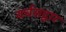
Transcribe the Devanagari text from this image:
वर्चसद्वार